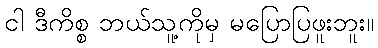
ငါ ဒီကိစ္စ ဘယ်သူ့ကိုမှ မပြောပြဖူးဘူး။